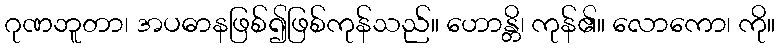
ဂုဏဘူတာ၊ အပဓာနဖြစ်၍ဖြစ်ကုန်သည်။ ဟောန္တိ၊ ကုန်၏။ လောကော၊ ကို။